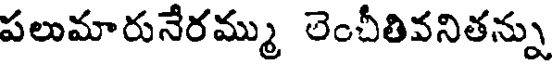
పలుమారునేరమ్ము లెంచీతివనితన్ను